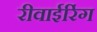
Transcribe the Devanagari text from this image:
रीवाईरिंग